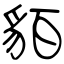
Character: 貊